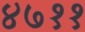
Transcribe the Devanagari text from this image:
४७११